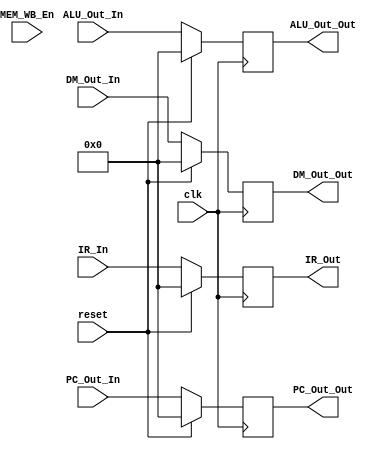
`timescale 1ns / 1ps
//////////////////////////////////////////////////////////////////////////////////
// Company: 
// Engineer: 
// 
// Design Name: 
// Module Name:    MEM_WB 
// Project Name: 
// Target Devices: 
// Tool versions: 
// Description: 
//
// Dependencies: 
//
// Revision: 
// Revision 0.01 - File Created
// Additional Comments: 
//
//////////////////////////////////////////////////////////////////////////////////
module MEM_WB(
    input clk,
	 input reset,
	 input MEM_WB_En,
    input [31:0] IR_In,
    input [31:0] ALU_Out_In,
    input [31:0] DM_Out_In,
	 input [31:0] PC_Out_In,
    output [31:0] IR_Out,
    output [31:0] ALU_Out_Out,
    output [31:0] DM_Out_Out,
	 output [31:0] PC_Out_Out
    );
	 
	 reg [31:0] IR;
	 reg [31:0] ALU_Out;
	 reg [31:0] DM_Out;
	 reg [31:0] PC_Out;
	 
	 assign IR_Out = IR;
	 assign ALU_Out_Out = ALU_Out;
	 assign DM_Out_Out = DM_Out;
	 assign PC_Out_Out = PC_Out;
	 
	 initial begin
	    IR <= 32'h00000000;
		 ALU_Out <= 32'h00000000;
		 DM_Out <= 32'h00000000;
		 PC_Out <= 32'h00000000;
	 end
	 
	 always @ (posedge clk) begin
	  
	    if (reset) begin
		    IR <= 32'h00000000;
			 ALU_Out <= 32'h00000000;
			 DM_Out <= 32'h00000000;
			 PC_Out <= 32'h00000000;
		 end
		 
		 else begin
		    IR <= IR_In;
			 ALU_Out <= ALU_Out_In;
			 DM_Out <= DM_Out_In;
			 PC_Out <= PC_Out_In;
		 end
		 
	 end
	 
endmodule